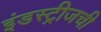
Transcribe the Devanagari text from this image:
इंडस्ट्रीजची